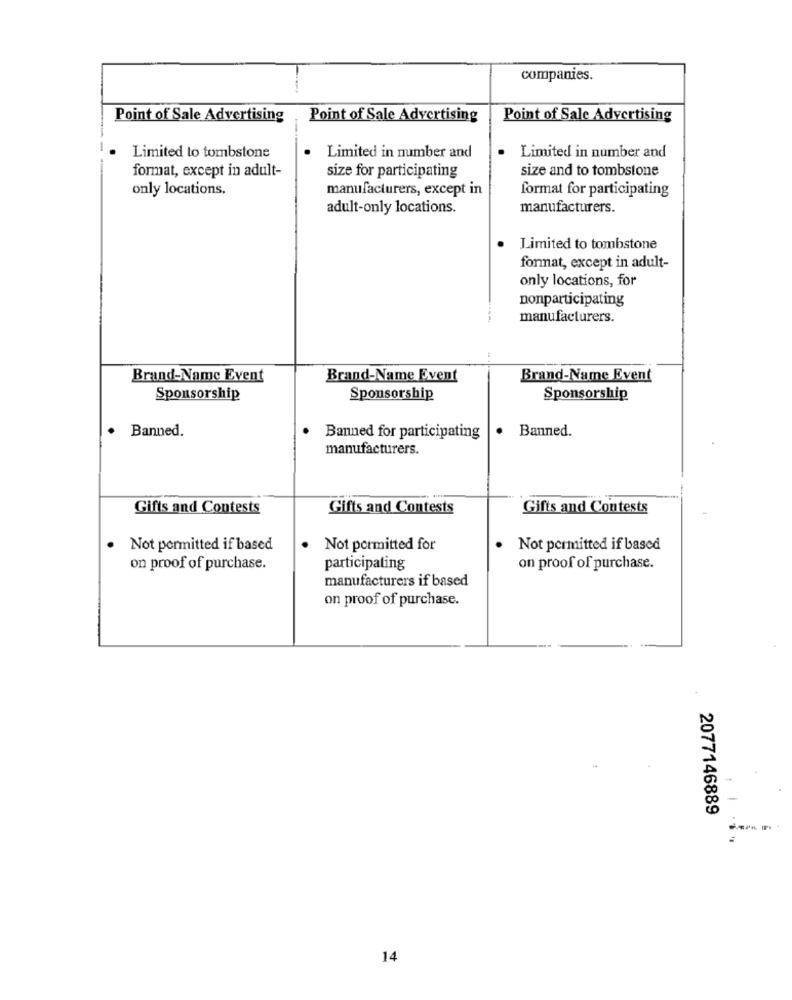
companies.
Point of Sale Advertising
Point of Sale Advertising
Point of Sale Advertising
.
.
Limited to tombstone
Limited in number and
Limited in number and
format, except in adult-
size and to tombstone
size for participating
only locations.
manufacturers, except in
format for participating
adult-only locations.
manufacturers.
Limited to tombstone
format, except in adult-
only locations, for
nonparticipating
manufacturers.
Brand-Name Event
Brand-Name Event
Brand-Name Event
Sponsorship
Sponsorship
Sponsorship
Banned.
Banned.
Banned for participating
manufacturers.
Gifts and Contests
Gifts and Contests
Gifts and Contests
Not permitted if based
Not permitted for
Not permitted if based
on proof of purchase.
participating
on proof of purchase.
manufacturers if based
on proof of purchase.
2077146889
14